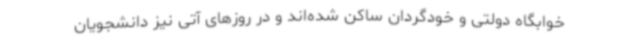
خوابگاه دولتی و خودگردان ساکن شده‌اند و در روزهای آتی نیز دانشجویان